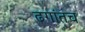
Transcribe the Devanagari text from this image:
ढगांतच